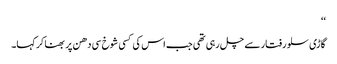
‘‘
گاڑی سلو رفتار سے چل رہی تھی جب اس کی کسی شوخ سی دھن پر بھنا کر کہا۔